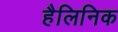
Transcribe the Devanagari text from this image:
हैलिनिक